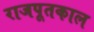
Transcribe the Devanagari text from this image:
राजपूतकाल